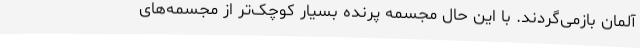
آلمان بازمی‌گردند. با این حال مجسمه پرنده بسیار کوچک‌تر از مجسمه‌های